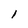
Character: l